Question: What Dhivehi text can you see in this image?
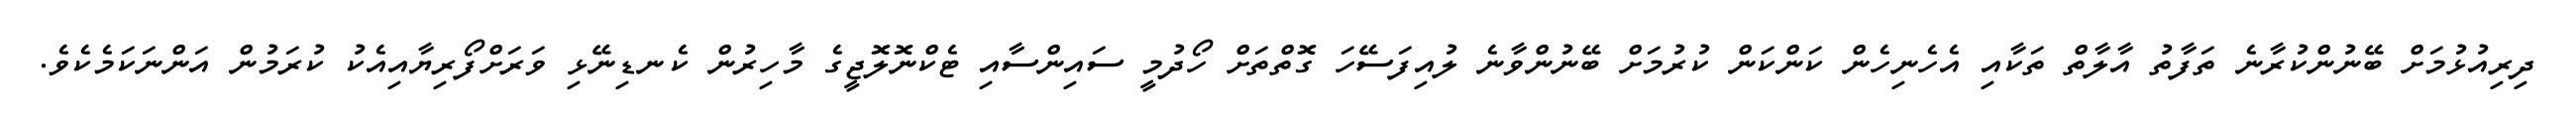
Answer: ދިރިއުޅުމަށް ބޭނުންކުރާނެ ތަފާތު އާލާތް ތަކާއި އެހެނިހެން ކަންކަން ކުރުމަށް ބޭނުންވާނެ ލުއިފަސޭހަ ގޮތްތަށް ހޯދުމީ ސައިންސާއި ޓެކްނޮލޮޖީގެ މާހިރުން ކެނޑިނޭޅި ވަރަށްފޯރިޔާއިއެކު ކުރަމުން އަންނަކަމެކެވެ.